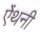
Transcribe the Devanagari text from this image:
ऐंथनी